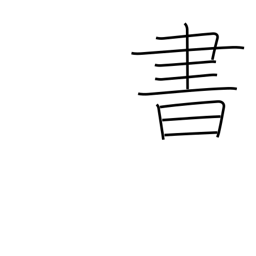
Meaning: write